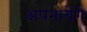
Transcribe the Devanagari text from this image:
अपनायेंगे